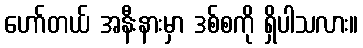
ဟော်တယ် အနီးနားမှာ ဒစ်စကို ရှိပါသလား။